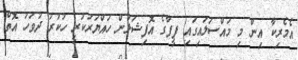
އެމެރިކާ އިން މި މައްސަލައިގައި ފީފާގެ އޮފިޝަލުން ހައްޔަރުކުރީ ހުކުރު ދުވަހު އޮތް